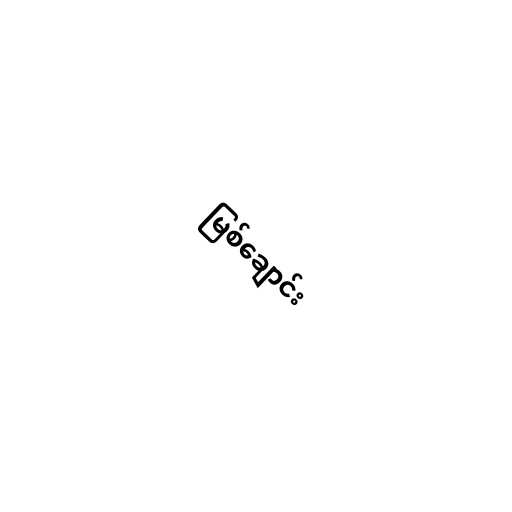
မြစ်ချောင်း